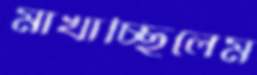
মাখাচ্ছিলেম